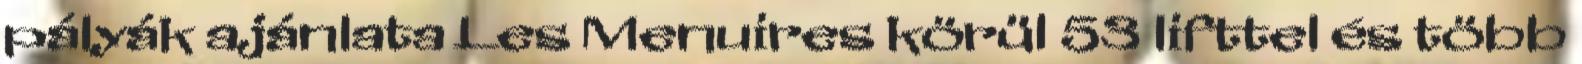
pályák ajánlata Les Menuires körül 53 lifttel és több